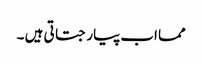
مما اب پیار جتاتی ہیں ۔